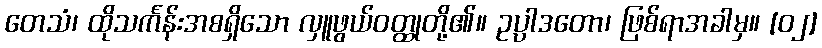
တေသံ၊ ထိုသင်္ကန်းအစရှိသော လှူဖွယ်ဝတ္ထုတို့၏။ ဥပ္ပါဒတော၊ ဖြစ်ရာအခါမှ။ [၀၂]